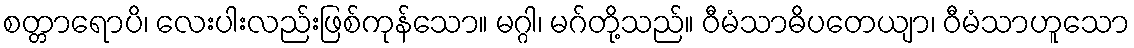
စတ္တာရောပိ၊ လေးပါးလည်းဖြစ်ကုန်သော။ မဂ္ဂါ၊ မဂ်တို့သည်။ ဝီမံသာဓိပတေယျာ၊ ဝီမံသာဟူသော